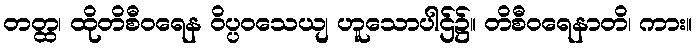
တတ္ထ၊ ထိုတိစီဝရေန ဝိပ္ပဝသေယျ ဟူသောပါဌ်၌။ တိစီဝရေနာတိ၊ ကား။